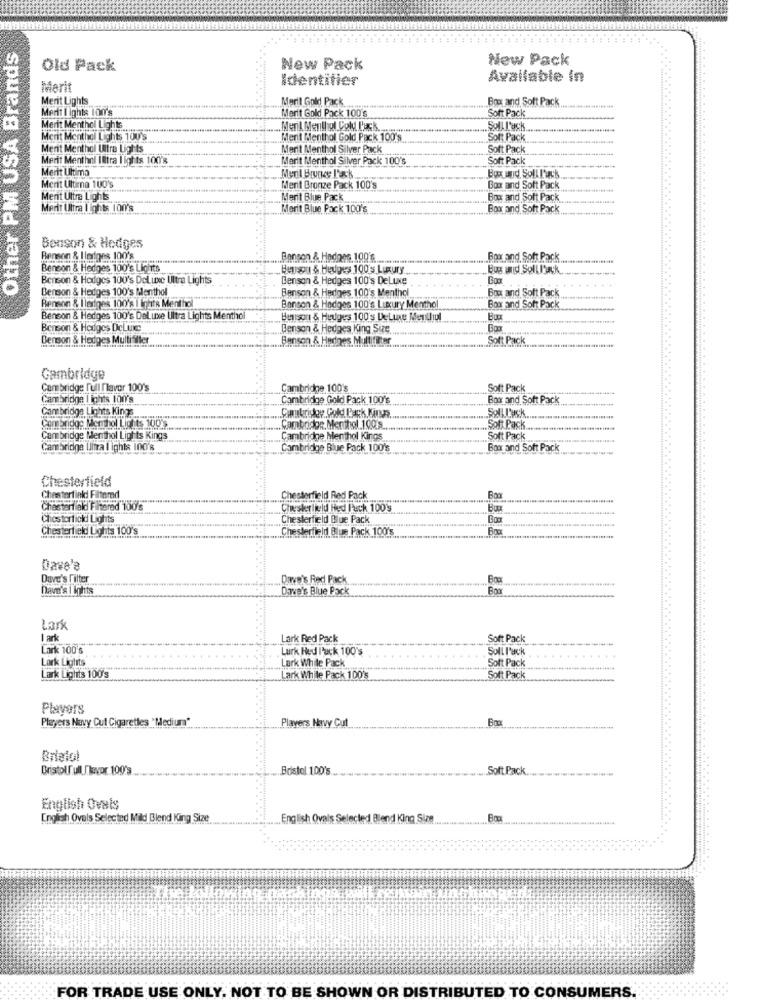
Other PM USA Brands
New Pack
Old Pack
New Pack
Identifier
Available in
Merit
Merit Lights.
Meril Gold Pack.
Box and Soft Pack
Merit I ights 100%
Merit Gold Pack 100's
Soft Pack
Merit Menthol Lights
Meril Menthol Cold L'ack.
Soll T'ask ...
Merit Menthol Lights 100'S
Ment Menthol Gold Pack 100's.
Soft Pack
Merit Menthol Ultra Lights
Merit Menthol Silver Pack
Soft Pack
Merit Menthol Iltra lights 100'%
Merit Menthol Silver Pack 100's
Soft Pack
Merit Ultima
Bux Hud, Soll Pack
Merit Ultima 100's
Merit Bronze Pack 100's
Box and Soft Pack
Merit Ultra Lights
Merit Blue Pack
Bog and Soft Pack
Merit Ultra Lights 100's
Merit Blue Pack 100's
Box and Soft Pack
Benson & Hedges
Benson & Hlediges 100's
Benson & Hedges, 199' .......
Box and Soft Pack ...
Benson & Hedges 100's Lights
Benson & Hedges 100's Luxury
Bug and Soll IPack
Benson & Hodges 100's Deluxe Ultra Lights
Benson & Hedges 100's DeLuxe
Benson & Hedges 100's Menthol
Benson & Hedges 100's Menthol
Box and Soft Pack
Benson & Ileriges 100's 1 ights Menthol
Bonson & Hodges 100's Luxury Menthol
Box and Soft Pack
Benson & Hedges 100's Deluxe Ultra Lights Mentho
Benson & Hedges 100's DeLuxe Menulul
Benson & Hodges DeLue .....
Benson & Hedges King Size
Benson & Hedges Multifiler
Benson &. Hedines Multifilter ...
Soft Pack
Cambridge
Cambridge full flavor 100's
Cambridge 100's
Soft Pack
Cambridge | ights 100's
Cambridge Gold Pack 100's
Box and Soft Pack
Cambridge Lights Kings
.SellLuck.
Cambridge Menthol Lights 100
Cukrickey Gold Pack Murs.
Cambridge, Mer chel 100's
... Soft Pack
Cambridge Menthol Lights Kings
Cambridge Menthol Kings
Soft Pack
Cambridge Ultra I ights 100's
Cambridge Blue Pack 100'
Boor and Soft Pack
Chesterfield
Chesterfield Filtered
Chesterfield Red Pack
Boo
Chesterfield Filtered 100's
Chesterfield Hed Pack 1009
Chesterfield Lights
Chesterfield Blue Pack
Boo
Chesterfield Lights 100's
Chesterfield Blue Pack 1008
Dave'a
Dave's Filter
.Dave's Red Pack
Dave's I Ights
Dave's Blue Pack
Boo
Lark
I ark
Lark Red Pack
Soft Pack
Lark 100's
Lurk Hed luck 100's
Soll l'ack
Lark Lights
Lark Lights 100's
Lark While Pack
Soft Pack
Lark While Pack 100's
Soft Pack
Players
Players Navy Cut Cigarettes 'Medium"
Players Navy Cut
Briatol
Bristolf ull /ayor 100's.
Bristol 100's
Soft Pack
English Ovais
English Ovals Selected Mild Blend King Size
English Ovals Selected Blend King Size ...
FOR TRADE USE ONLY, NOT TO BE SHOWN OR DISTRIBUTED TO CONSUMERS.